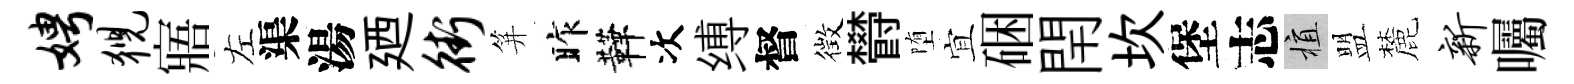
娉猊寤左渠湯廼街笄昨鞾次缚督徴欎堕宜硱閈坎堡志植盟麓新囑